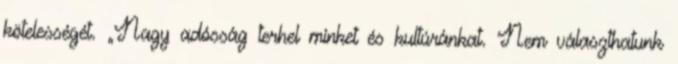
kötelességét. „Nagy adósság terhel minket és kultúránkat. Nem választhatunk